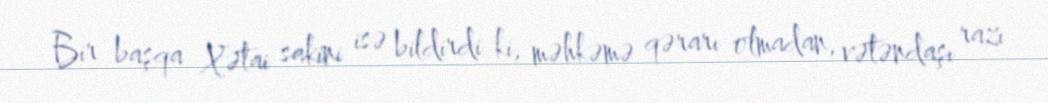
Bir başqa Xətai sakini isə bildirdi ki, məhkəmə qərarı olmadan, vətəndaşı razı